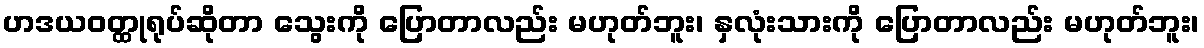
ဟဒယဝတ္ထုရုပ်ဆိုတာ သွေးကို ပြောတာလည်း မဟုတ်ဘူး၊ နှလုံးသားကို ပြောတာလည်း မဟုတ်ဘူး၊